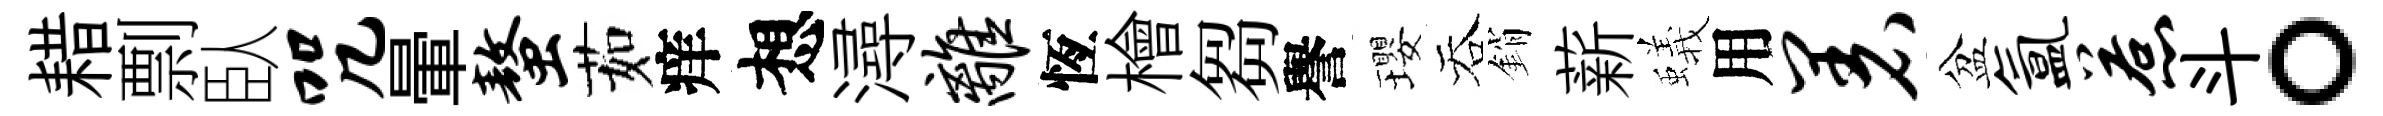
耤剽臥咒暈螯茹痒想潯离恆檜芻譽瓔吞銷薪蟻用着盆氲惹斗。